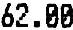
62.00